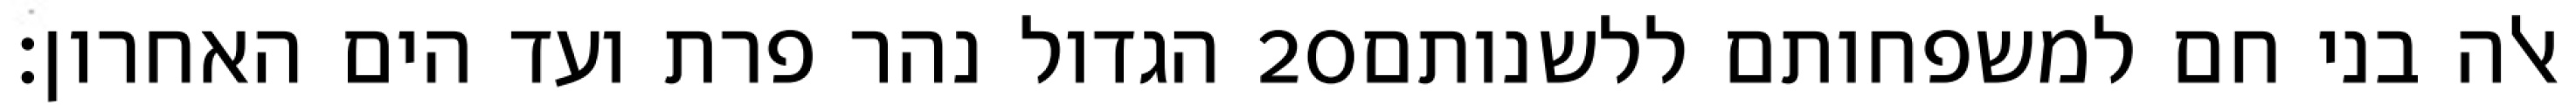
הגדול נהר פרת ועד הים האחרון׃ ‎20‏ אלה בני חם למשפחותם ללשנותם